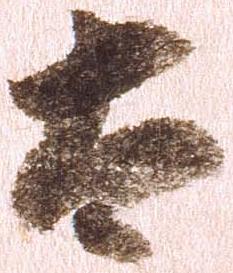
太